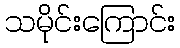
သမိုင်းကြောင်း